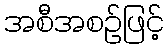
အစီအစဉ်ဖြင့်